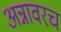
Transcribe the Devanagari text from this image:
अन्नावरच